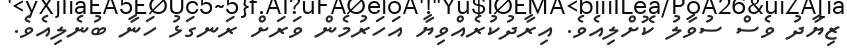
ޒިޔާދު ވެސް ސުވާލު ކޮށްލިއެވެ. އިރާދުކުރެއްވިޔާ އަހަރުމެން ވަރަށް ރަނގަޅު ހަނާ ބުނެލިއެވެ.